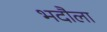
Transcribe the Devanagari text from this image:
भदौला